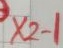
Text: X2-1